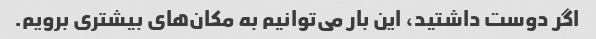
اگر دوست داشتید، این بار می‌توانیم به مکان‌های بیشتری برویم.